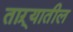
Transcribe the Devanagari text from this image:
ताऱ्यातील